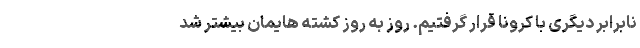
نابرابر دیگری با کرونا قرار گرفتیم. روز به روز کشته هایمان بیشتر شد